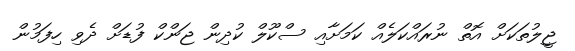
ޖީލުތަކަށް އޮތް ނުރައްކަލެއް ކަމަށާއި ސްކޫލް ކުދިން ޖަންކް ފުޑަށް ދެވި ހިފަމުން